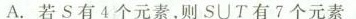
A.若S有4个元素，则S\cup T有7个元素